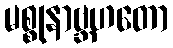
မစ္စုနာဗ္ဘဟတော